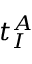
t _ { I } ^ { A }